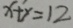
x + y = 1 2